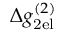
\Delta g _ { \mathrm { 2 e l } } ^ { ( 2 ) }